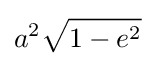
a^{2}{\sqrt {1-e^{2}}}